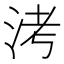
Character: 洘